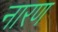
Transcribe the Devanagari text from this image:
नारण